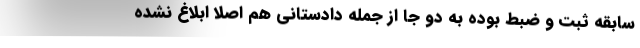
سابقه ثبت و ضبط بوده به دو جا از جمله دادستانی هم اصلاً ابلاغ نشده